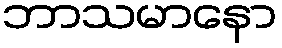
ဘာသမာနော